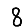
Digit: 8